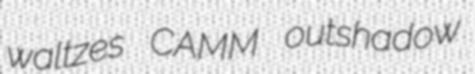
waltzes CAMM outshadow